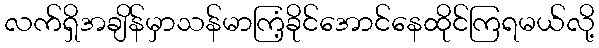
လက်ရှိအချိန်မှာသန်မာကြံ့ခိုင်အောင်နေထိုင်ကြရမယ်လို့